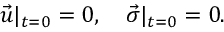
\vec { u } | _ { t = 0 } = 0 , \quad \vec { \sigma } | _ { t = 0 } = 0 .